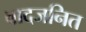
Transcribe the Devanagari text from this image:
वादजनित